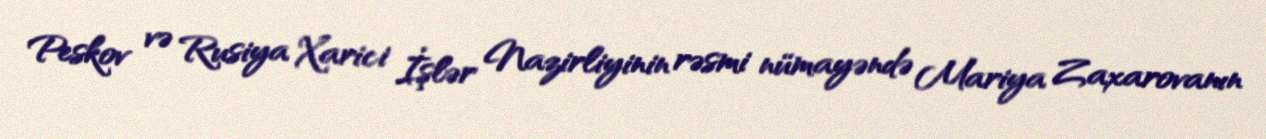
Peskov və Rusiya Xarici İşlər Nazirliyinin rəsmi nümayəndə Mariya Zaxarovanın